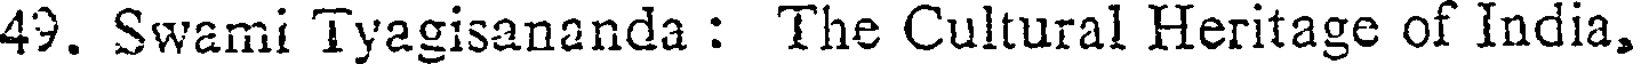
49. Swami Tyagisananda : The Cultural Heritage of India,